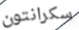
سكرانتون